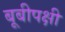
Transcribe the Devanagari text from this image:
बूबीपक्षी